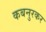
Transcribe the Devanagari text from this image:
कबनुरकर